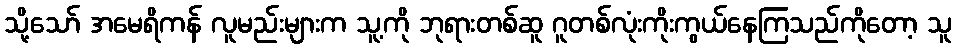
သို့သော် အမေရိကန် လူမည်းများက သူ့ကို ဘုရားတစ်ဆူ ဂူတစ်လုံးကိုးကွယ်နေကြသည်ကိုတော့ သူ